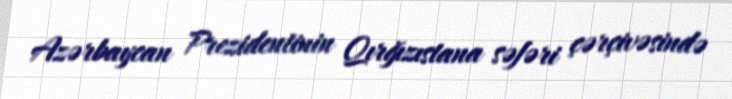
Azərbaycan Prezidentinin Qırğızıstana səfəri çərçivəsində